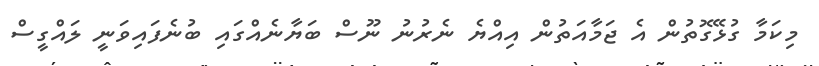
މިކަމާ ގުޅޭގޮތުން އެ ޖަމާއަތުން އިއްޔެ ނެރުނު ނޫސް ބަޔާނެއްގައި ބުނެފައިވަނީ ލައްގީސް